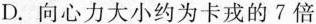
D.向心力大小约为卡戎的7倍